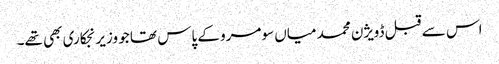
اس سے قبل ڈویژن محمد میاں سومرو کے پاس تھا جو وزیر نجکاری بھی تھے۔